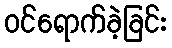
ဝင်ရောက်ခဲ့ခြင်း